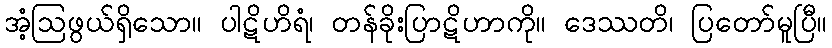
အံ့ဩဖွယ်ရှိသော။ ပါဋိဟိရံ၊ တန်ခိုးပြာဋိဟာကို။ ဒေဿတိ၊ ပြတော်မူပြီ။